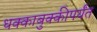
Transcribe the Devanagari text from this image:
धक्काबुक्कीपर्यंत